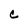
Character: C